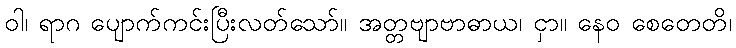
ဝါ၊ ရာဂ ပျောက်ကင်းပြီးလတ်သော်။ အတ္တဗျာဗာဓာယ၊ ငှာ။ နေဝ စေတေတိ၊